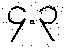
၄.၃